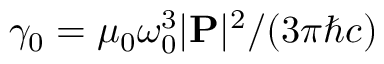
\gamma _ { 0 } = \mu _ { 0 } \omega _ { 0 } ^ { 3 } | \mathbf { P } | ^ { 2 } / ( 3 \pi \hbar c )